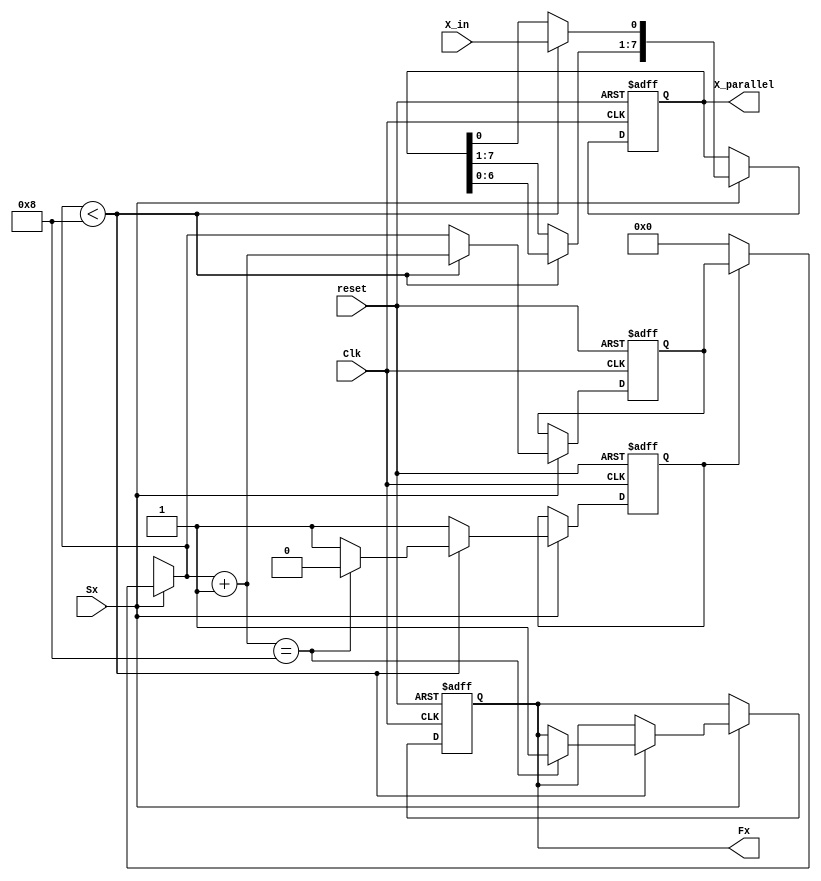
//Verilog HDL for "lab3", "shiftin" "verilog"


module shiftin #(parameter DATA_WIDTH = 8, COUNTER_WIDTH = 4) (X_in, Sx, reset, Clk, X_parallel, Fx );

input X_in, Sx, reset, Clk;
output [DATA_WIDTH-1:0] X_parallel;
output Fx;
reg [DATA_WIDTH-1:0] X_parallel;
reg Fx;
reg [COUNTER_WIDTH-1:0] counter;
reg new_shift_in;

always @(posedge Clk or posedge reset)
	if (reset) begin //non-blocking statements
		Fx = 1'b0;
		X_parallel = {DATA_WIDTH{1'b0}};
		counter = {COUNTER_WIDTH{1'b0}};
		new_shift_in = 1'b0;
	end else if (Sx) begin //blocking statements
		if(new_shift_in ==1'b0) begin //reset counter if new stream of bits
			new_shift_in = 1'b1;
			counter = {COUNTER_WIDTH{1'b0}};
		end
		if(counter < DATA_WIDTH) begin
			X_parallel = X_parallel <<1; //shift one bit left
			X_parallel[0] = X_in; //replaces shifted spot
			counter = counter + 1; //increment counter
			if(counter == DATA_WIDTH) begin //once DATA_WIDTH bits have passed through, set Fx to high
				Fx = 1'b1;
				new_shift_in = 1'b0;
			end
		end
	end

endmodule